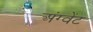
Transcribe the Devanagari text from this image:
अंग्वेंट